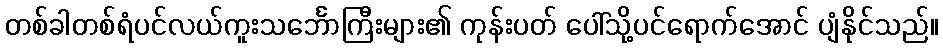
တစ်ခါတစ်ရံပင်လယ်ကူးသင်္ဘောကြီးများ၏ ကုန်းပတ် ပေါ်သို့ပင်ရောက်အောင် ပျံနိုင်သည်။